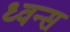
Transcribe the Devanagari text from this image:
ध्वन्स